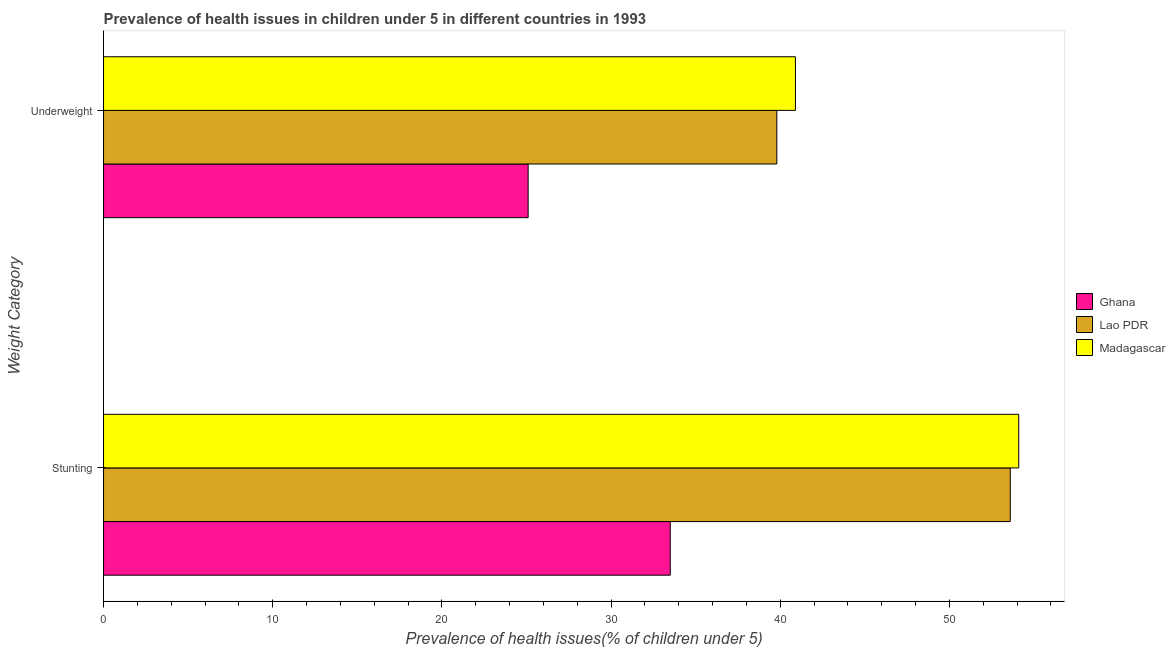
| Weight Category | Ghana | Lao PDR | Madagascar |
 | --- | --- | --- | --- |
 | Stunting | 33.5 | 53.6 | 54.1 |
 | Underweight | 25.1 | 39.8 | 40.9 |